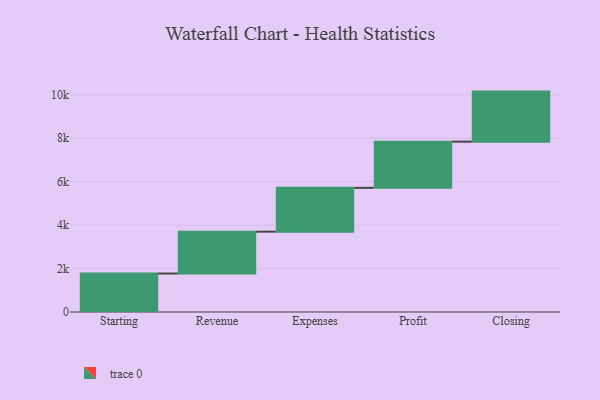
{"axis": {"x": "Step", "y": "Value"}, "legend": [""], "data": [{"x": "Starting", "y": 1771.0, "type": ""}, {"x": "Revenue", "y": 1928.0, "type": ""}, {"x": "Expenses", "y": 2019.0, "type": ""}, {"x": "Profit", "y": 2126.0, "type": ""}, {"x": "Closing", "y": 2305.0, "type": ""}]}